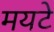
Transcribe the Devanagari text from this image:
मयटे